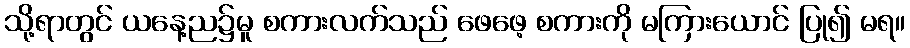
သို့ရာတွင် ယနေ့ည၌မူ စကားလက်သည် ဖေဖေ့ စကားကို မကြားယောင် ပြု၍ မရ။